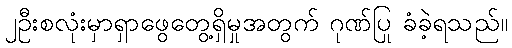
၂ဦးစလုံးမှာရှာဖွေတွေ့ရှိမှုအတွက် ဂုဏ်ပြု ခံခဲ့ရသည်။